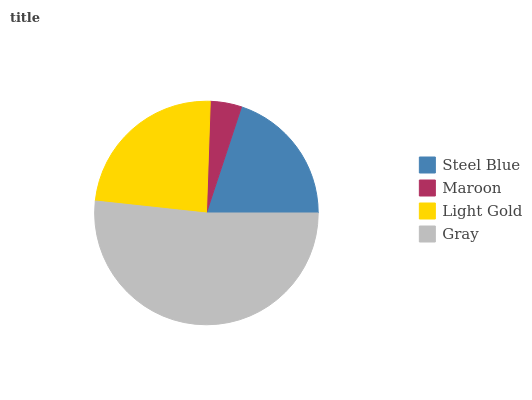
| Steel Blue | Maroon | Light Gold | Gray |
 | --- | --- | --- | --- |
 | 19.9% | 4.53% | 23.9% | 51.7% |